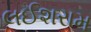
લઈશરામ